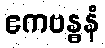
ဧကဗန္ဓနံ